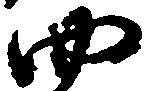
四